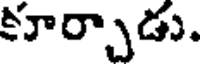
కూర్చాడు.